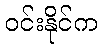
ဝင်းနိုင်က